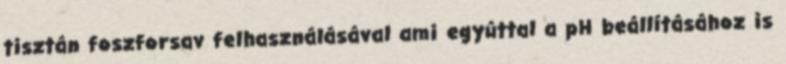
tisztán foszforsav felhasználásával ami egyúttal a pH beállításához is